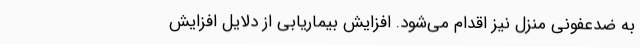
به ضدعفونی منزل نیز اقدام می‌شود. افزایش بیماریابی از دلایل افزایش